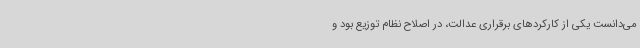
می‌دانست یکی از کارکردهای برقراری عدالت، در اصلاح نظام توزیع بود و